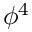
\phi ^ { 4 }